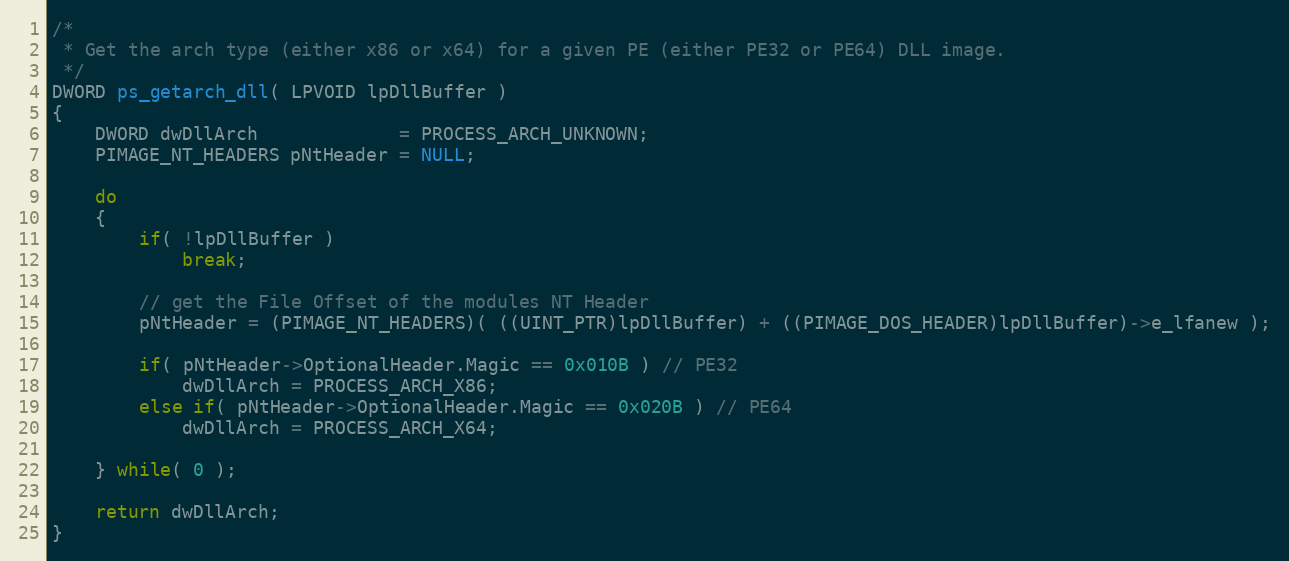
Language: C
/*
 * Get the arch type (either x86 or x64) for a given PE (either PE32 or PE64) DLL image.
 */
DWORD ps_getarch_dll( LPVOID lpDllBuffer )
{
	DWORD dwDllArch             = PROCESS_ARCH_UNKNOWN;
	PIMAGE_NT_HEADERS pNtHeader = NULL;

	do
	{
		if( !lpDllBuffer )
			break;

		// get the File Offset of the modules NT Header
		pNtHeader = (PIMAGE_NT_HEADERS)( ((UINT_PTR)lpDllBuffer) + ((PIMAGE_DOS_HEADER)lpDllBuffer)->e_lfanew );

		if( pNtHeader->OptionalHeader.Magic == 0x010B ) // PE32
			dwDllArch = PROCESS_ARCH_X86;
		else if( pNtHeader->OptionalHeader.Magic == 0x020B ) // PE64
			dwDllArch = PROCESS_ARCH_X64;

	} while( 0 );

	return dwDllArch;
}